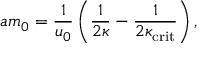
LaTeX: a m _ { 0 } = \frac { 1 } { u _ { 0 } } \left( \frac { 1 } { 2 \kappa } - \frac { 1 } { 2 \kappa _ { \mathrm { c r i t } } } \right) ,